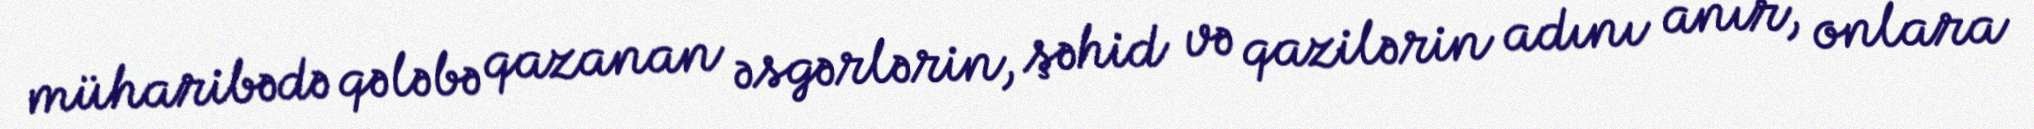
müharibədə qələbə qazanan əsgərlərin, şəhid və qazilərin adını anır, onlara